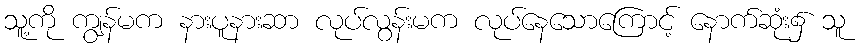
သူ့ကို ကျွန်မက နားပူနားဆာ လုပ်လွန်းမက လုပ်နေသောကြောင့် နောက်ဆုံး၌ သူ